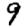
Digit: 9